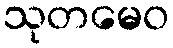
သုတမေဝ